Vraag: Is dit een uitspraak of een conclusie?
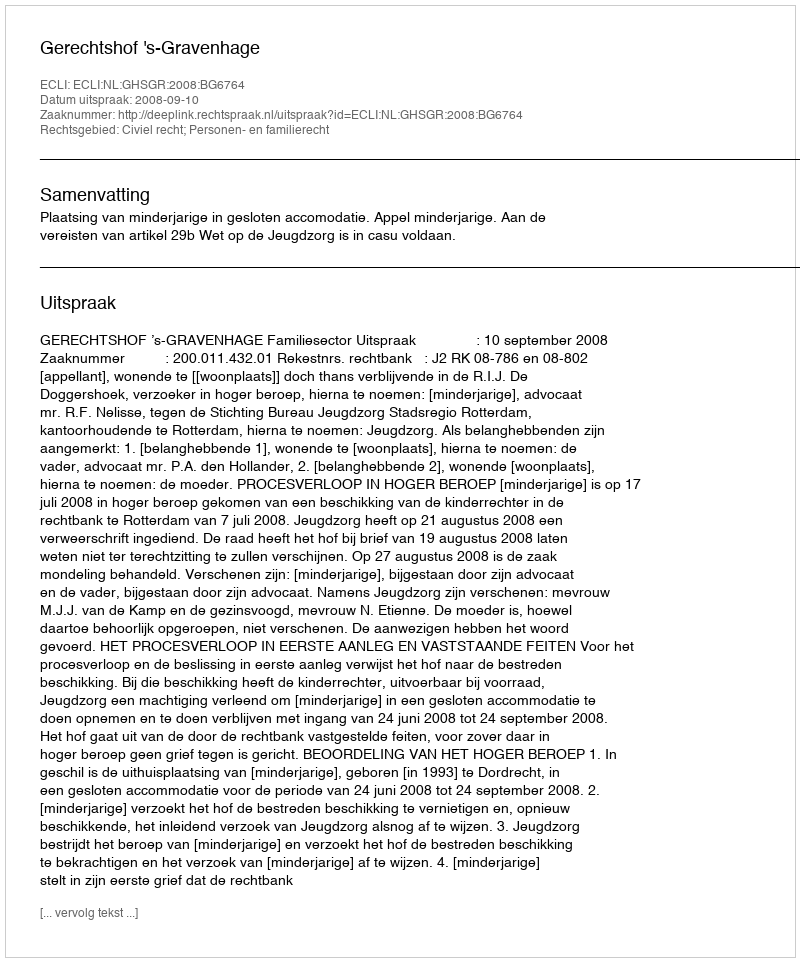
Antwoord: Uitspraak